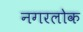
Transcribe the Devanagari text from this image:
नगरलोक